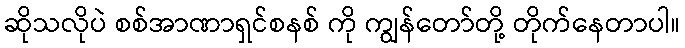
ဆိုသလိုပဲ စစ်အာဏာရှင်စနစ် ကို ကျွန်တော်တို့ တိုက်နေတာပါ။